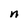
Character: n